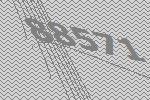
88571